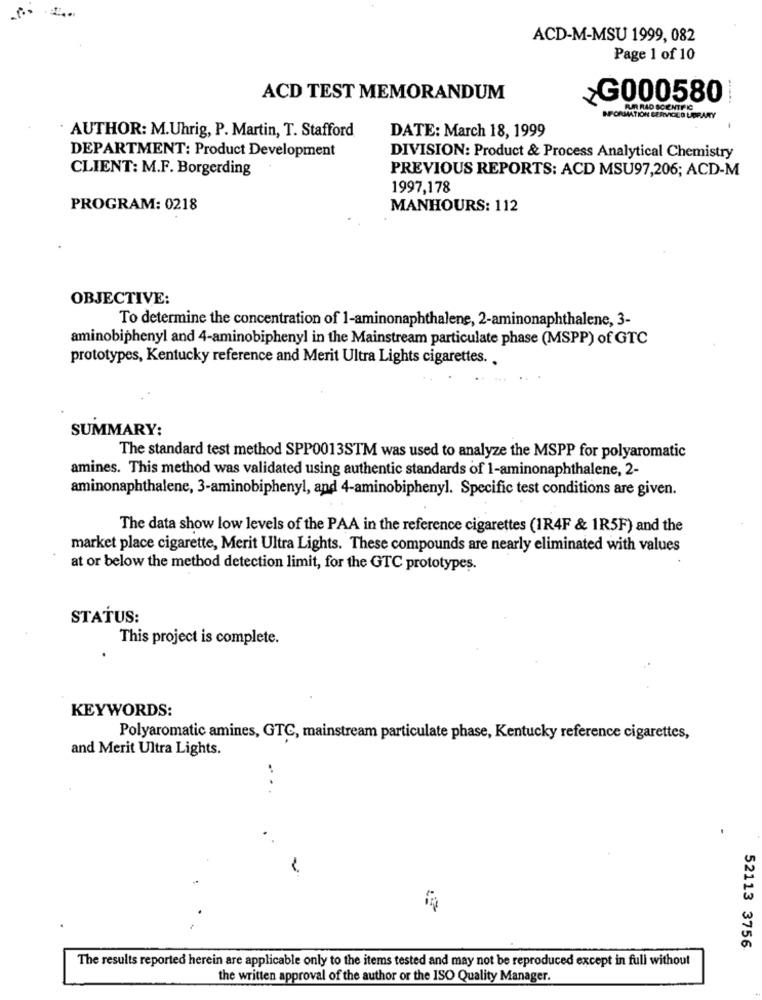
ACD-M-MSU 1999, 082
Page 1 of 10
ACD TEST MEMORANDUM
>G000580
IFORMATION SERVICLO LIBRARY
AUTHOR: M.Uhrig, P. Martin, T. Stafford
DATE: March 18, 1999
DEPARTMENT: Product Development
DIVISION: Product & Process Analytical Chemistry
CLIENT: M.F. Borgerding
PREVIOUS REPORTS: ACD MSU97,206; ACD-M
1997,178
PROGRAM: 0218
MANHOURS: 112
OBJECTIVE:
To determine the concentration of 1-aminonaphthalene, 2-aminonaphthalene, 3-
aminobiphenyl and 4-aminobiphenyl in the Mainstream particulate phase (MSPP) of GTC
prototypes, Kentucky reference and Merit Ultra Lights cigarettes ..
SUMMARY:
The standard test method SPP0013STM was used to analyze the MSPP for polyaromatic
amines. This method was validated using authentic standards of 1-aminonaphthalene, 2-
aminonaphthalene, 3-aminobiphenyl, and 4-aminobiphenyl. Specific test conditions are given.
The data show low levels of the PAA in the reference cigarettes (1R4F & 1R5F) and the
market place cigarette, Merit Ultra Lights. These compounds are nearly eliminated with values
at or below the method detection limit, for the GTC prototypes.
STATUS:
This project is complete.
KEYWORDS:
Polyaromatic amines, GTC, mainstream particulate phase, Kentucky reference cigarettes,
and Merit Ultra Lights.
...
52113 3756
The results reported herein are applicable only to the items tested and may not be reproduced except in full without
the written approval of the author or the ISO Quality Manager.